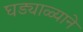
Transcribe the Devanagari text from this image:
घड्याळ्याने